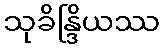
သုခိန္ဒြိယဿ